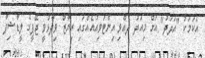
އެކަމަކު "އަދަދު" އަށް މިއަދު ދެއްވި އިންޓަވިއުއެއްގައި ރިޔާޒް ވިދާޅުވީ ޖޭޕީގެ ލީޑާޝިޕާ